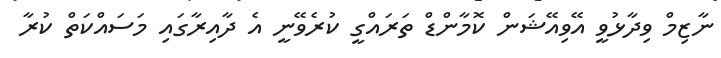
ނާޒިމް ވިދާޅުވީ އޭވިއޭޝަން ކޮމާންޑް ތަރައްގީ ކުރެވޭނީ އެ ދާއިރާގައި މަސައްކަތް ކުރާ